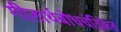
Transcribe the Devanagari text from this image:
गीतार्थबोधचंद्रिकेत